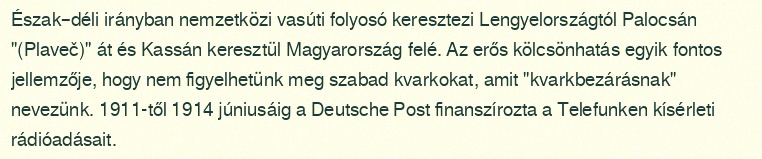
Észak–déli irányban nemzetközi vasúti folyosó keresztezi Lengyelországtól Palocsán "(Plaveč)" át és Kassán keresztül Magyarország felé. Az erős kölcsönhatás egyik fontos jellemzője, hogy nem figyelhetünk meg szabad kvarkokat, amit "kvarkbezárásnak" nevezünk. 1911-től 1914 júniusáig a Deutsche Post finanszírozta a Telefunken kísérleti rádióadásait.